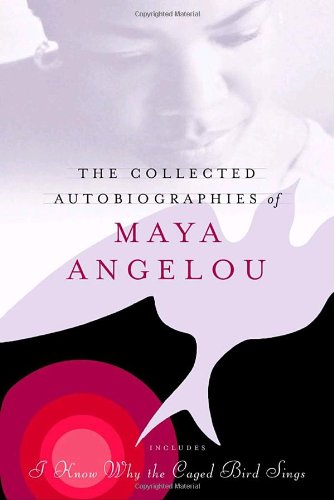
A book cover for The Collected Autobiographies of Maya Angelou (Modern Library); Maya Angelou; Biographies & Memoirs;